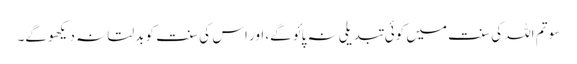
سو تم اللہ کی سنت میں کوئی تبدیلی نہ پائو گے، اور اس کی سنت کو بدلتا نہ دیکھو گے۔